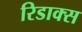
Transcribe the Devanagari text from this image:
रिडाक्स